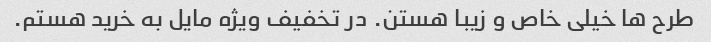
طرح ها خیلی خاص و زیبا هستن. در تخفیف ویژه مایل به خرید هستم.